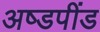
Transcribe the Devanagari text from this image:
अष्डपींड